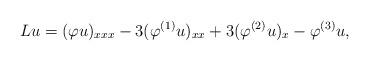
LaTeX: \begin{align*}L u = (\varphi u)_{xxx} - 3 (\varphi^{(1)} u )_{xx} + 3 (\varphi ^{(2)} u)_x - \varphi^{(3)} u, \end{align*}